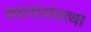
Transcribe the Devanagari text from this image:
श्वासंसंस्त्था